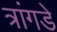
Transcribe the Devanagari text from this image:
त्रांगडे